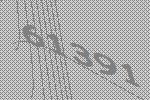
61391